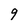
Character: g